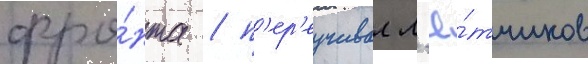
фро́нта / п'ер'еучивал л'ё́тчиков